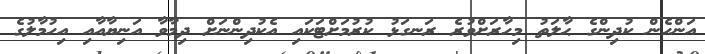
އަންހެން ކުދިންގެ ޙާލަތު މިހާރަށްވުރެ ރަނގަޅު ކުރުމަށްޓަކައި އެކުދިންނަށް ދިމާވާ އަނިޔާއާއި އިހުމާލުގެ